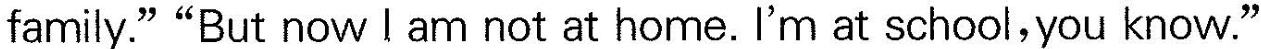
family.""But now I am not at home. I'm at school,you know."